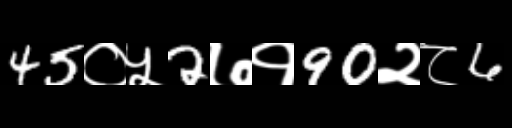
Text: 45०५2७१90२८6